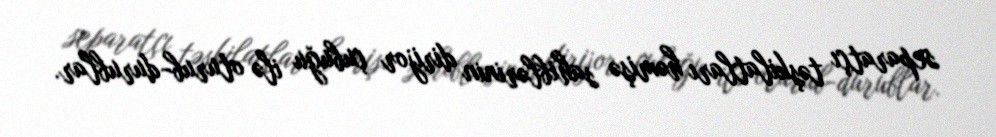
separatçı təşkilatları həmişə sahiblərinin dirijor çubuğu ilə oturub-durublar.